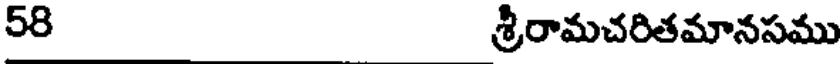
58 శ్రీరామచరితమానసము